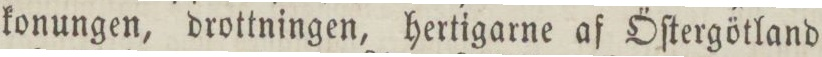
konungen, drottningen, hertigarne af Öſtergötland